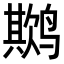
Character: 𬸨